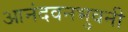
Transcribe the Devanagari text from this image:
आनंदवनभुवनी